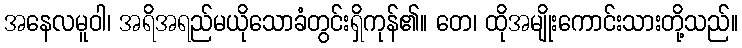
အနေလမူဝါ၊ အရိအရည်မယိုသောခံတွင်းရှိကုန်၏။ တေ၊ ထိုအမျိုးကောင်းသားတို့သည်။